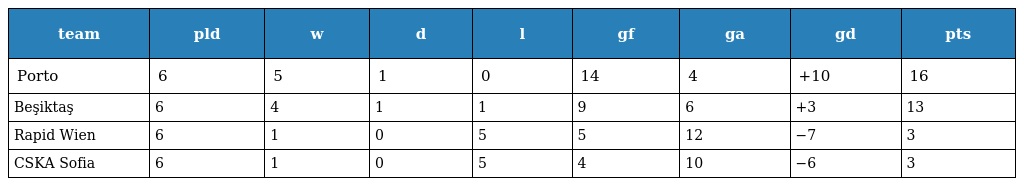
| team | pld | w | d | l | gf | ga | gd | pts |
 | --- | --- | --- | --- | --- | --- | --- | --- | --- |
 | Porto | 6 | 5 | 1 | 0 | 14 | 4 | +10 | 16 |
 | Beşiktaş | 6 | 4 | 1 | 1 | 9 | 6 | +3 | 13 |
 | Rapid Wien | 6 | 1 | 0 | 5 | 5 | 12 | −7 | 3 |
 | CSKA Sofia | 6 | 1 | 0 | 5 | 4 | 10 | −6 | 3 |